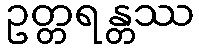
ဥတ္တရန္တဿ